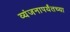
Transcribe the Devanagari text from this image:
व्यंजनापर्यंतच्या